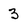
Character: 3